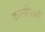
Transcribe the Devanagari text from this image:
कारागिराची